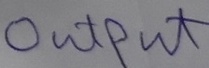
Text: OUTPUT